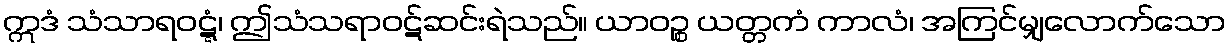
ဣဒံ သံသာရဝဋ္ဋံ၊ ဤသံသရာဝဋ်ဆင်းရဲသည်။ ယာဝဉ္စ ယတ္တကံ ကာလံ၊ အကြင်မျှလောက်သော